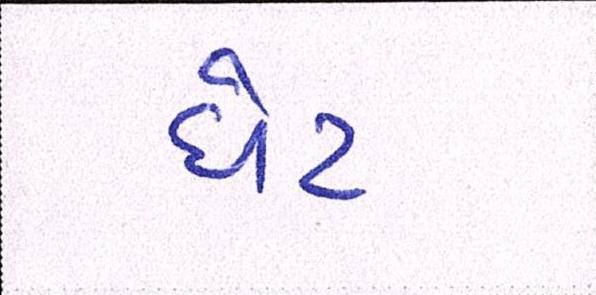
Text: ધેટ